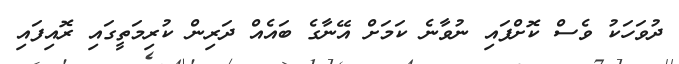
ދުވަހަކު ވެސް ކޮށްފައި ނުވާނެ ކަމަށް އޭނާގެ ބައެއް ދަރިން ކުރިމަތީގައި ރޮއިފައި